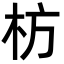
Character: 枋